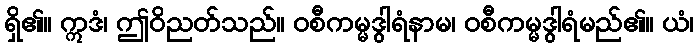
ရှိ၏။ ဣဒံ၊ ဤဝိညတ်သည်။ ဝစီကမ္မဒွါရံနာမ၊ ဝစီကမ္မဒွါရံမည်၏။ ယံ၊